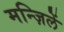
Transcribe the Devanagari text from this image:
मन्ज़िलें